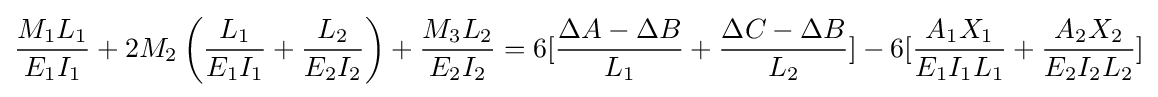
{\frac {M_{1}L_{1}}{E_{1}I_{1}}}+2M_{2}\left({\frac {L_{1}}{E_{1}I_{1}}}+{\frac {L_{2}}{E_{2}I_{2}}}\right)+{\frac {M_{3}L_{2}}{E_{2}I_{2}}}=6[{\frac {\Delta A-\Delta B}{L_{1}}}+{\frac {\Delta C-\Delta B}{L_{2}}}]-6[{\frac {A_{1}X_{1}}{E_{1}I_{1}L_{1}}}+{\frac {A_{2}X_{2}}{E_{2}I_{2}L_{2}}}]